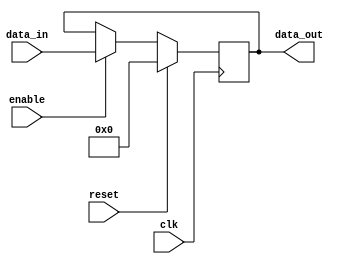
module buffer_delay (
  input wire clk,
  input wire reset,
  input wire enable,
  input wire [7:0] data_in,
  output reg [7:0] data_out
);

reg [7:0] buffer;

always @(posedge clk) begin
  if (reset) begin
    buffer <= 8'b0;
  end else begin
    buffer <= enable ? data_in : buffer;
  end
end

assign data_out = buffer;

endmodule